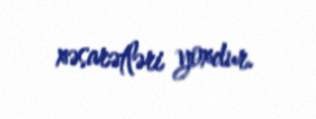
xəsarətləri yoxdur.